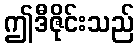
ဤဒီဇိုင်းသည်